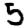
Digit: 5